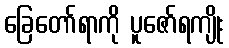
ခြေတော်ရာကို ပူဇော်ရကျိုး